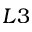
L 3